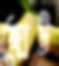
ছোট্ট